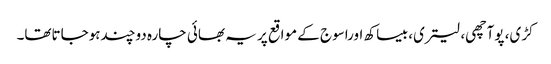
کڑی، پوآچھی، لیتری، بیساکھ اوراسوج کے مواقع پر یہ بھائی چارہ دوچندہوجاتاتھا۔